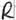
Text: R